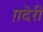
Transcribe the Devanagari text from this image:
ग़देरी